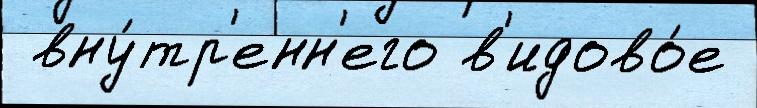
 вну́тр'енн'его в'идово́е